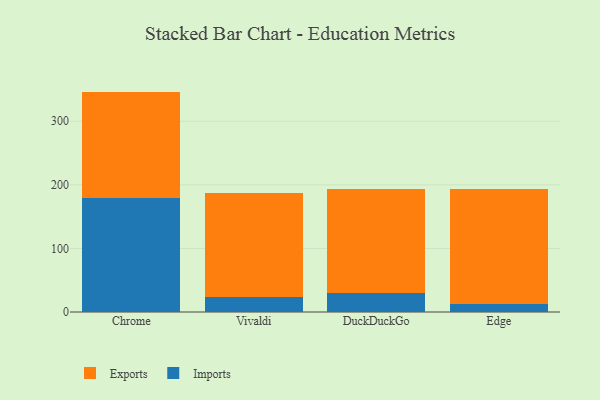
{"axis": {"x": "Browser", "y": "Waste Production (Tons)"}, "legend": ["Exports", "Imports"], "data": [{"x": "Chrome", "y": 179.0, "type": "Imports"}, {"x": "Chrome", "y": 167.7, "type": "Exports"}, {"x": "Vivaldi", "y": 24.3, "type": "Imports"}, {"x": "Vivaldi", "y": 163.4, "type": "Exports"}, {"x": "DuckDuckGo", "y": 29.8, "type": "Imports"}, {"x": "DuckDuckGo", "y": 164.4, "type": "Exports"}, {"x": "Edge", "y": 13.2, "type": "Imports"}, {"x": "Edge", "y": 179.8, "type": "Exports"}]}